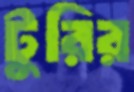
টুরির